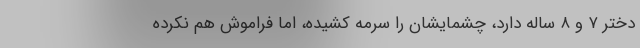
دختر ۷ و ۸ ساله دارد، چشمایشان را سرمه کشیده، اما فراموش هم نکرده